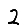
Digit: 2